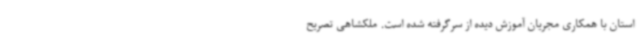
استان با همکاری مجریان آموزش دیده از سرگرفته شده است. ملکشاهی تصریح